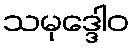
သမုဒ္ဒေါဝ